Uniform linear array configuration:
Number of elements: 48
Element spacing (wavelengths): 0.25
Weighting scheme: uniform
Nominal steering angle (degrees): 45
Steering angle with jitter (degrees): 46.936
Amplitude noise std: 0.05
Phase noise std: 0.05

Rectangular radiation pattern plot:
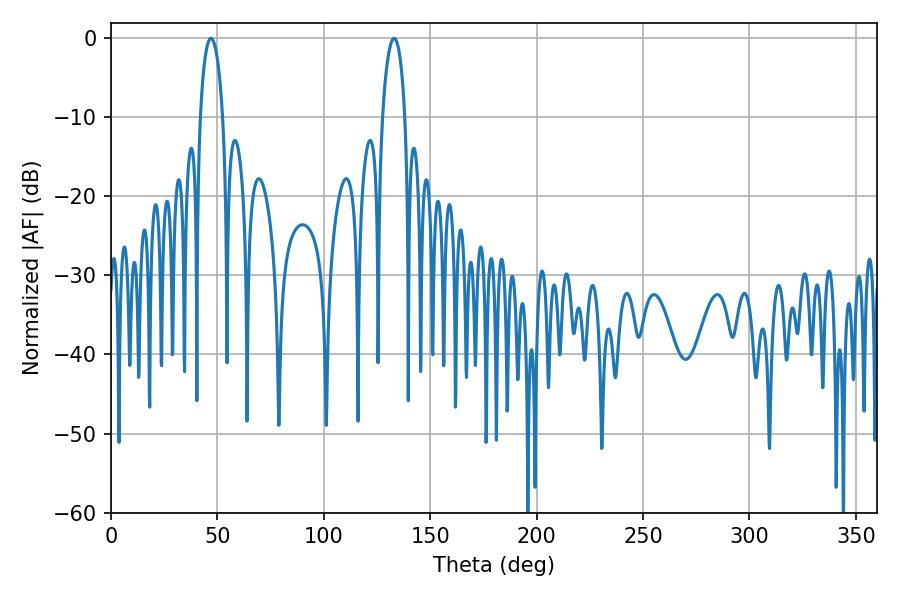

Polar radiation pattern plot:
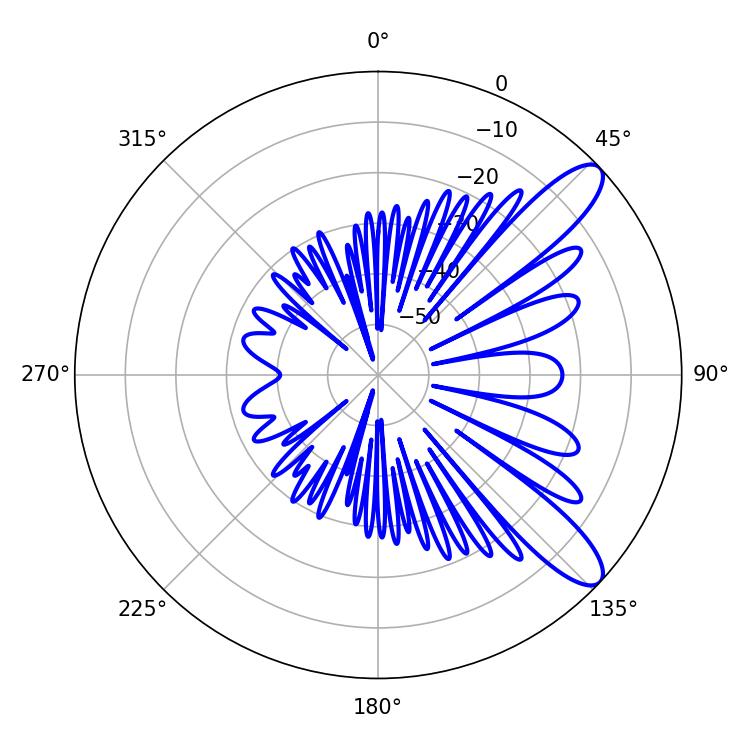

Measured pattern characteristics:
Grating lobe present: FALSE
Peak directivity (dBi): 10.518
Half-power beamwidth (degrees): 5.94
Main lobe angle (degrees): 46.98